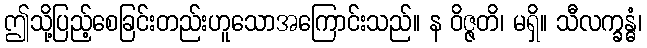
ဤသို့ပြည့်စေခြင်းတည်းဟူသောအကြောင်းသည်။ န ဝိဇ္ဇတိ၊ မရှိ။ သီလက္ခန္ဓံ၊